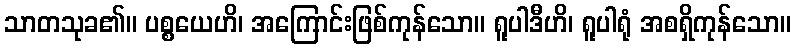
သာတသုခ၏။ ပစ္စယေဟိ၊ အကြောင်းဖြစ်ကုန်သော။ ရူပါဒီဟိ၊ ရူပါရုံ အစရှိကုန်သော။